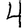
Digit: 4